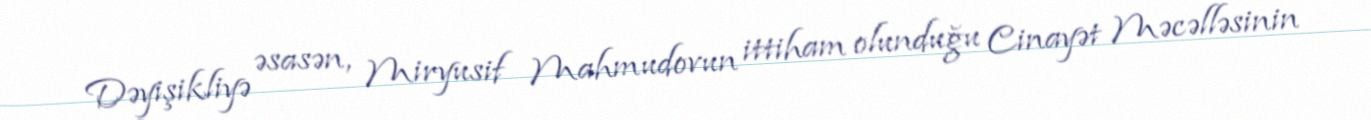
Dəyişikliyə əsasən, Miryusif Mahmudovun ittiham olunduğu Cinayət Məcəlləsinin